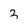
Character: 3